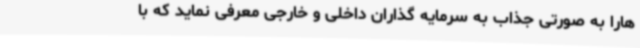
هارا به صورتی جذاب به سرمایه گذاران داخلی و خارجی معرفی نماید که با